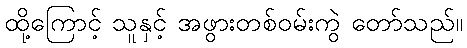
ထို့ကြောင့် သူနှင့် အဖွားတစ်ဝမ်းကွဲ တော်သည်။